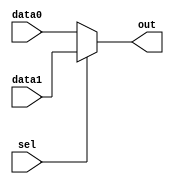
module mux1_8(data0, data1, sel, out);

	// a mux of 1 bit in selector, 16 bit in data

	input [7:0] data0, data1;
	input sel;
	output [7:0] out;
	
	assign out = sel ? data1 : data0;
	
endmodule